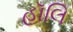
હૉલિ